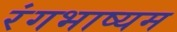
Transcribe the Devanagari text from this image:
रंगभाष्यम